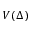
V ( \Delta )